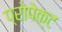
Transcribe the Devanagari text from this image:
प्रोपेक्ट